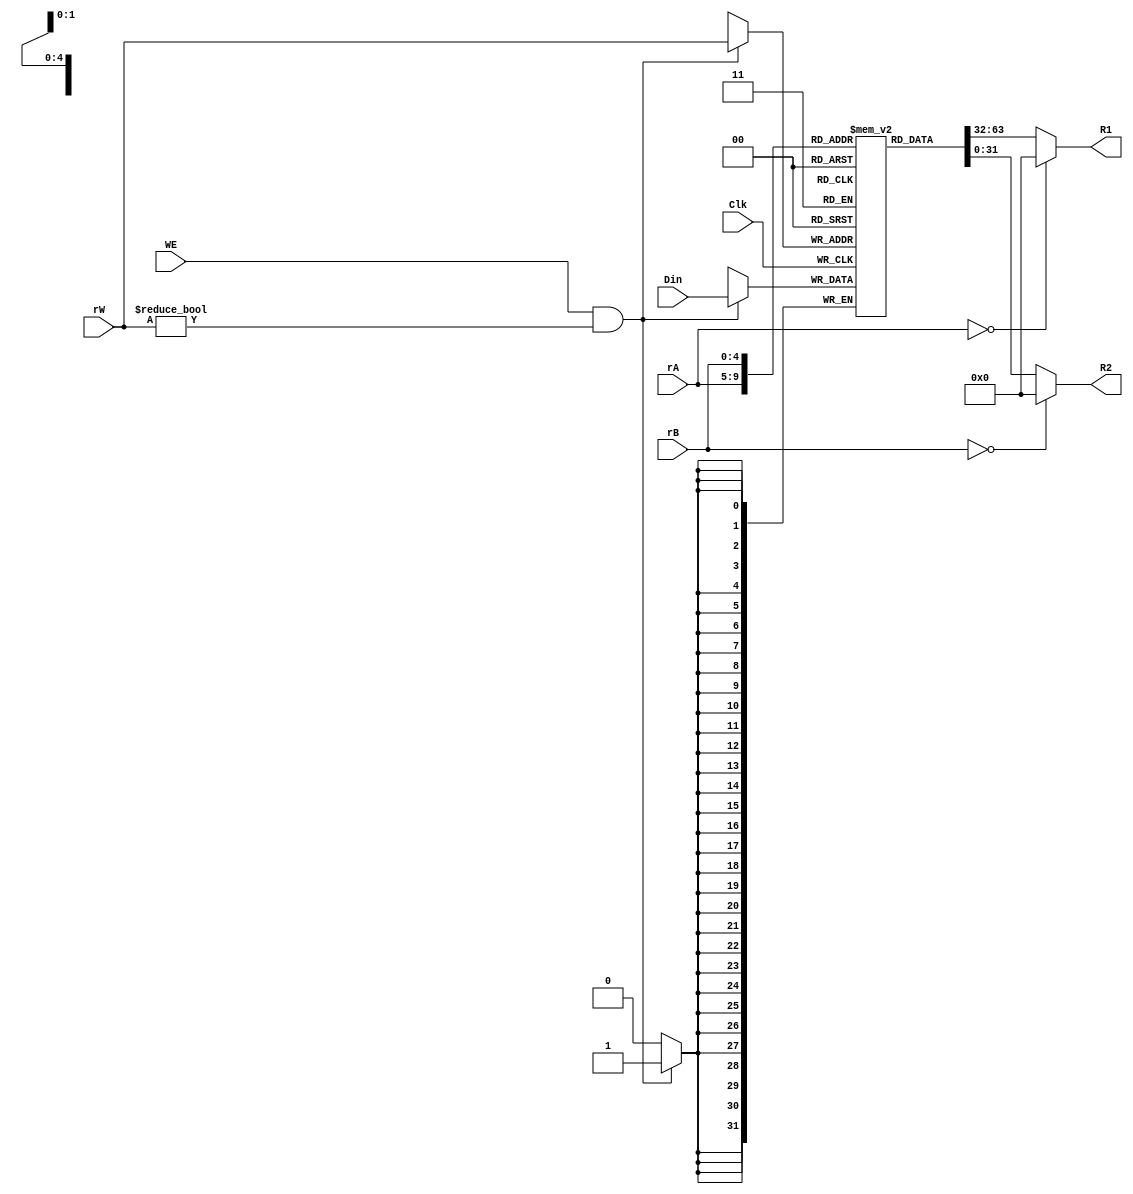
/******************************************************************************
 ** Logisim goes FPGA automatic generated Verilog code                       **
 **                                                                          **
 ** Component : RegFile                                                      **
 **                                                                          **
 ******************************************************************************/
/*
`timescale 1ns/1ps
module RegFile( Clk,
                Din,
                WE,
                rA,
                rB,
                rW,
                R1,
                R2);
*/
   /***************************************************************************
    ** Here the inputs are defined                                           **
    ***************************************************************************/
/*   input  Clk;
   input[31:0]  Din;
   input  WE;
   input[4:0]  rA;
   input[4:0]  rB;
   input[4:0]  rW;
*/
   /***************************************************************************
    ** Here the outputs are defined                                          **
    ***************************************************************************/
/*   output[31:0] R1;
   output[31:0] R2;
*/
   /***************************************************************************
    ** Here the internal wires are defined                                   **
    ***************************************************************************/
/*   wire[31:0] s_LOGISIM_BUS_0;
   wire[4:0] s_LOGISIM_BUS_2;
   wire[4:0] s_LOGISIM_BUS_4;
   wire[4:0] s_LOGISIM_BUS_5;
   wire[31:0] s_LOGISIM_BUS_6;
   wire[31:0] s_LOGISIM_BUS_7;
   wire s_LOGISIM_NET_1;
   wire s_LOGISIM_NET_3;
*/

   /***************************************************************************
    ** Here all input connections are defined                                **
    ***************************************************************************/
/*   assign s_LOGISIM_NET_1                    = WE;
   assign s_LOGISIM_BUS_5[4:0]               = rW;
   assign s_LOGISIM_BUS_2[4:0]               = rB;
   assign s_LOGISIM_BUS_0[31:0]              = Din;
   assign s_LOGISIM_NET_3                    = Clk;
   assign s_LOGISIM_BUS_4[4:0]               = rA;
*/
   /***************************************************************************
    ** Here all output connections are defined                               **
    ***************************************************************************/
/*   assign R1                                 = s_LOGISIM_BUS_6[31:0];
   assign R2                                 = s_LOGISIM_BUS_7[31:0];


endmodule
*/

/******************************************************************************
 ** Logisim goes FPGA automatic generated Verilog code                       **
 **                                                                          **
 ** Component : Regfile                                                      **
 **                                                                          **
 ******************************************************************************/

`timescale 1ns/1ps
module RegFile( Clk,
                Din,
                WE,
                rA,
                rB,
                rW,
                R1,
                R2);

   /***************************************************************************
    ** Here the inputs are defined                                           **
    ***************************************************************************/
   input  Clk;
   input[31:0]  Din;
   input  WE;
   input[4:0]  rA;
   input[4:0]  rB;
   input[4:0]  rW;

   /***************************************************************************
    ** Here the outputs are defined                                          **
    ***************************************************************************/
   output[31:0] R1;
   output[31:0] R2;

   /***************************************************************************
    ** Here all input connections are defined                                **
    ***************************************************************************/
    reg [31:0] registers[0:31];
    reg [4:0] count;
        
        //initialize registers
        initial 
        begin
            for(count=0;count<=31;count=count+1)
                registers[count] <= 32'b0;
        end
        
        //write in data
        //always@(posedge Clk)    
        always@(negedge Clk)      // 
        begin
            if(WE && (rW!=32'b0))
                registers[rW] <= Din;
        end
        
        //read data out
        assign R1 = (rA==5'd0) ? 32'b0 : registers[rA];
        assign R2 = (rB==5'd0) ? 32'b0 : registers[rB];



 


   /***************************************************************************
    ** Here all output connections are defined                               **
    ***************************************************************************/


endmodule